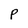
Character: P